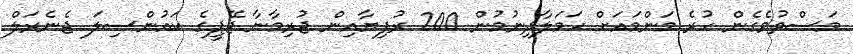
މަސްތުވެގެން ހުރެ މަންމައަށް ހަމަލާދިނުމުން 200 ރުފިޔާއިން ޖުރިމާނާ ޖޭޕީގެ ކައުންސިލަ ޖެނެރަލް